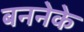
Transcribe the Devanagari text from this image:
बननेके